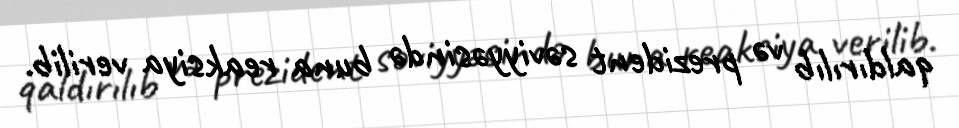
qaldırılıb və prezident səviyyəsində buna reaksiya verilib.